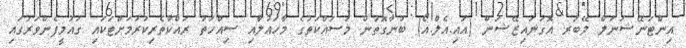
އިންޓަނޭޝަނަލް ލޭބަރ އޮގަނައިޒޭޝަން (އައި.އެލް.އޯ) ބުނާގޮތުން މަސައްކަތުގެ މާހައުލާއި ސިއްހަތު ރައްކާތެރިކުރުމަށްޓަކައި ގައުމީފެންވަރުގައި